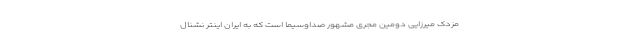
مزدک میرزایی دومین مجری مشهور صداوسیما است که به ایران اینتر نشنال